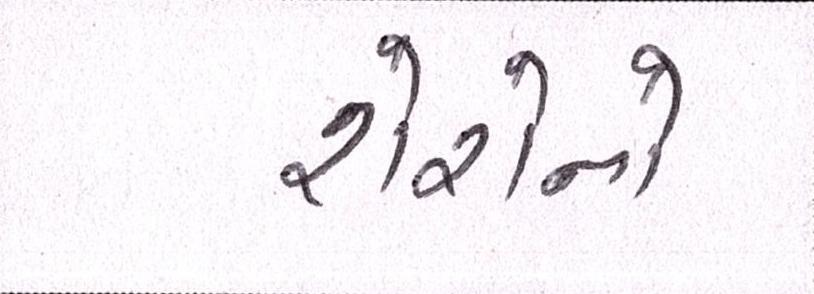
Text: શેરોનો